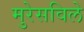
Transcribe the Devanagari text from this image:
मुरेसविले